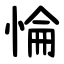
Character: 惀